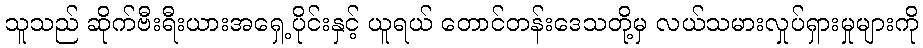
သူသည် ဆိုက်ဗီးရီးယားအရှေ့ပိုင်းနှင့် ယူရယ် တောင်တန်းဒေသတို့မှ လယ်သမားလှုပ်ရှားမှုများကို